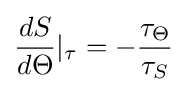
{\frac {dS}{d\Theta }}|_{\tau }=-{\frac {\tau _{\Theta }}{\tau _{S}}}